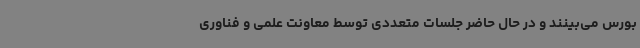
بورس می‌بینند و در حال حاضر جلسات متعددی توسط معاونت علمی و فناوری